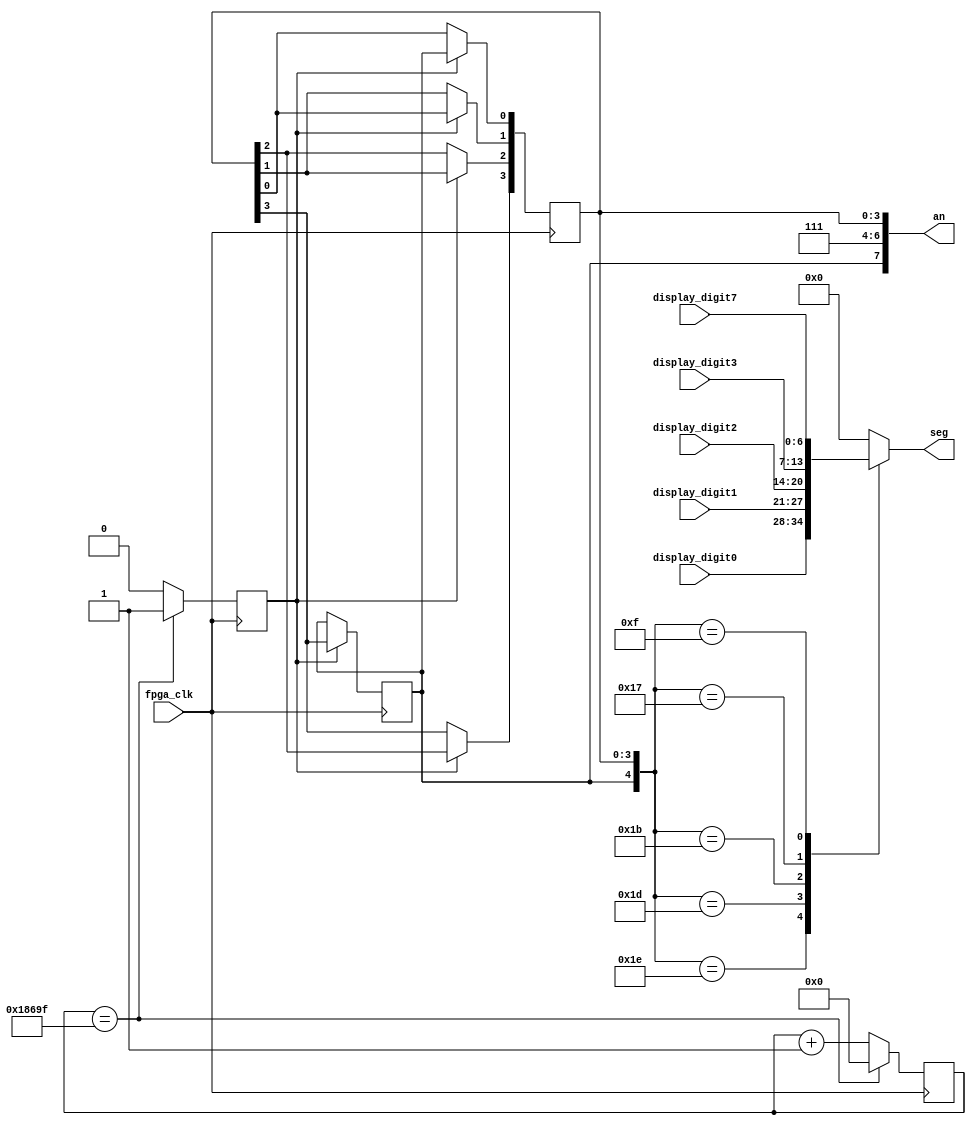
`timescale 1ns / 1ps

//////////////////////////////////////////////////
//		Adapted from the ELEN 33 labs	//
//		developed by Andy Wolfe and	//
//		the corresponding Verilog modules //
//            	written by Nick Mikstas           //
//////////////////////////////////////////////////

module L1_display_driver
    (
    input fpga_clk,
    input [6:0]display_digit0,
    input [6:0]display_digit1,
    input [6:0]display_digit2,
    input [6:0]display_digit3,
    input [6:0]display_digit7, //adding a state digit
    
    //7 segment outputs.
    output reg [6:0]seg = 7'b0000000,
    output [7:0]an
    );
    
    //7 segment display regs and wires.
    reg [16:0]clk_div = 17'h00000;
    reg [7:0]an_driver = 8'b11111110;
    reg ce1k = 1'b0;
    reg temp;
    
    //Assign anode to drive.
    assign an = an_driver;
              
    //Create 1kHz clock enable
    always @(posedge fpga_clk) begin
        clk_div <= clk_div + 1'b1;
        
        //Count to 100000 and reset.
        if(clk_div == 17'd99999) begin
            clk_div <= 0;
            ce1k <= 1'b1;
        end
        
        //Reset.
        else begin
            ce1k <= 1'b0;
        end
        
        //Drive the next anode. Only cycle thru 5 "assertions"
	   // since there are only four digits to drive
        if(ce1k) begin
            an_driver[0] <= an_driver[7];
            an_driver[7] <= an_driver[3];
            an_driver[3] <= an_driver[2];
            an_driver[2] <= an_driver[1];
            an_driver[1] <= an_driver[0];
            
            /*
            //serial method
            temp = an_driver[7];
            an_driver[7] = an_driver[3];
            an_driver[3] = an_driver[2];
            an_driver[2] = an_driver[1];
            an_driver[0] = temp;
            */
        end
    end 
    
    //Choose which part of number to display.
    always @(*) begin
        case(an_driver)
            8'b11111110 : seg = display_digit0;
            8'b11111101 : seg = display_digit1;
            8'b11111011 : seg = display_digit2;
            8'b11110111 : seg = display_digit3;
            8'b01111111 : seg = display_digit7;
            default : seg = 7'b0000000;       
        endcase
    end
    
endmodule